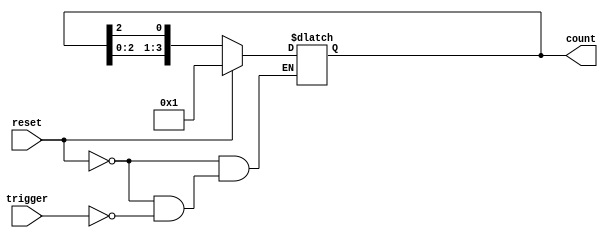
module async_ring_counter #(
    parameter N = 4 // Number of flip-flops (states)
)(
    input wire reset,        // Asynchronous reset
    input wire trigger,      // Trigger for state transition
    output reg [N-1:0] count // Current state output
);

    // Initial state
    initial begin
        count = 1'b1; // Start with the first flip-flop in the high state
    end

    // Asynchronous reset and state transition
    always @(*) begin
        if (reset) begin
            count = 1'b1; // Reset to the initial state
        end else if (trigger) begin
            count = {count[N-2:0], count[N-1]}; // Shift left, wrap around
            count[0] = count[N-1]; // Wrap last state to the first
        end
    end

endmodule